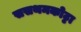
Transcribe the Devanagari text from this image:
ससथमकोट्टा